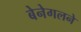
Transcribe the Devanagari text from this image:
बेनेगलने